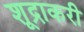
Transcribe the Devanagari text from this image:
शूद्राकरी